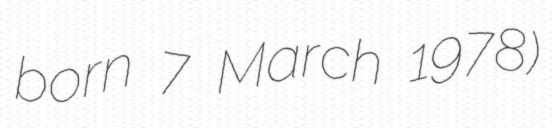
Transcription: born 7 March 1978)